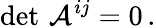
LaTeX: \operatorname*{det}\, {\cal A}^{ij}=0\, .